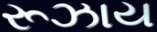
રૂઝાય